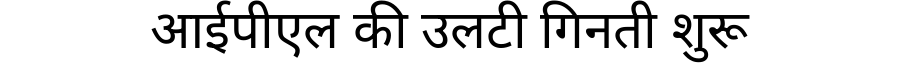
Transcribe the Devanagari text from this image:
आईपीएल की उलटी गिनती शुरू